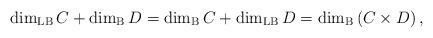
LaTeX: \begin{align*}\dim_{\rm LB}C+\dim_{\rm B}D=\dim_{\rm B}C+\dim_{\rm LB}D=\dim_{\rm B}\left(C\times D\right),\end{align*}